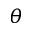
\theta